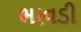
ભાવડી